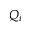
Q _ { i }